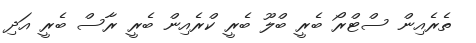
ތެރެއިން ސްޓްރޯ ބެރީ ބްލޫ ބެރީ ކްރެއިން ބެރީ ރާސް ބެރީ އަދި